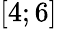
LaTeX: \left[4;6\right]